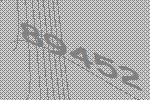
89452